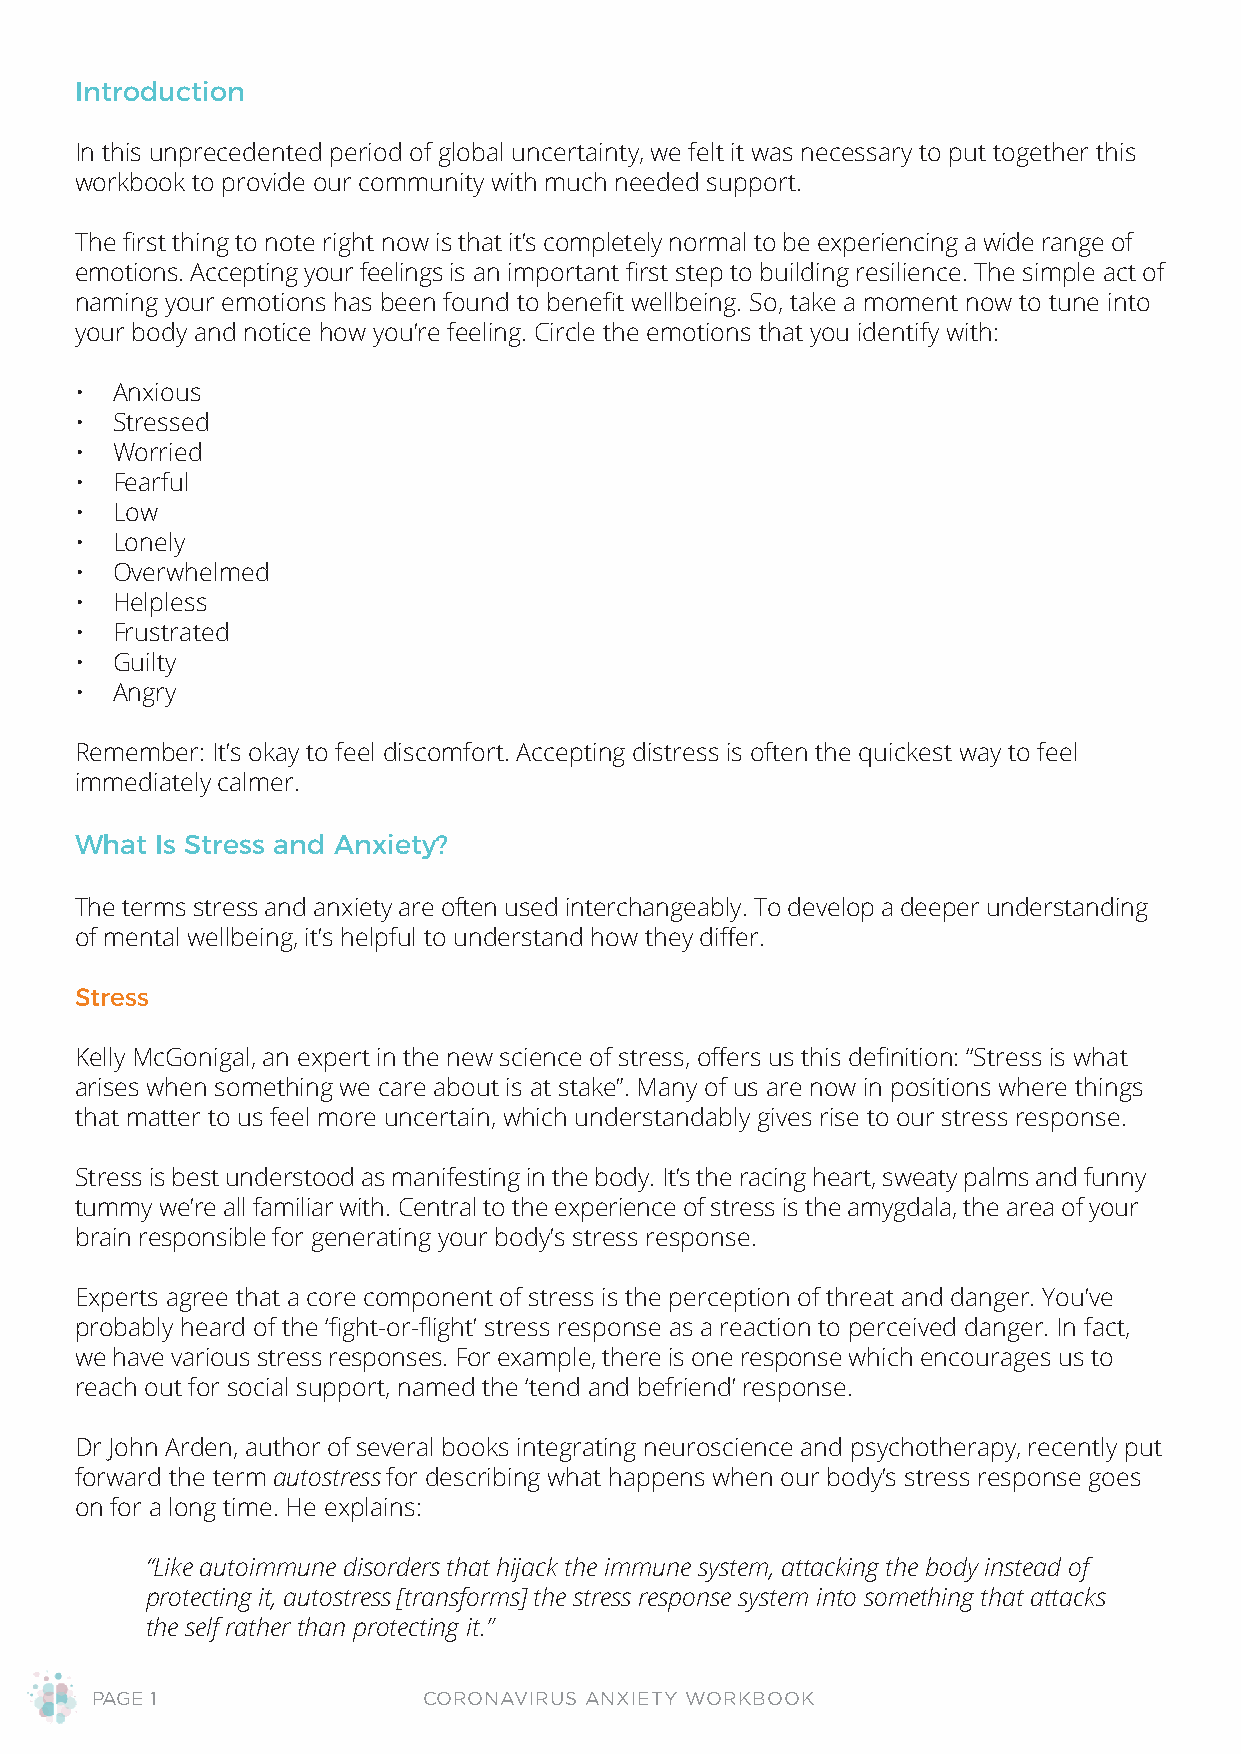
Introduction
 In this unprecedented period of global uncertainty, we felt it was necessary to put together this
 workbook to provide our community with much needed support.
 The first thing to note right now is that it’s completely normal to be experiencing a wide range of
 emotions. Accepting your feelings is an important first step to building resilience. The simple act of
 naming your emotions has been found to benefit wellbeing. So, take a moment now to tune into
 your body and notice how you’re feeling. Circle the emotions that you identify with:
 • Anxious
 • Stressed
 • Worried
 • Fearful
 • Low
 • Lonely
 • Overwhelmed
 • Helpless
 • Frustrated
 • Guilty
 • Angry
 Remember: It’s okay to feel discomfort. Accepting distress is often the quickest way to feel
 immediately calmer.
 What Is Stress and Anxiety?
 The terms stress and anxiety are often used interchangeably. To develop a deeper understanding
 of mental wellbeing, it’s helpful to understand how they differ.
 Stress
 Kelly McGonigal, an expert in the new science of stress, offers us this definition: “Stress is what
 arises when something we care about is at stake”. Many of us are now in positions where things
 that matter to us feel more uncertain, which understandably gives rise to our stress response.
 Stress is best understood as manifesting in the body. It’s the racing heart, sweaty palms and funny
 tummy we’re all familiar with. Central to the experience of stress is the amygdala, the area of your
 brain responsible for generating your body’s stress response.
 Experts agree that a core component of stress is the perception of threat and danger. You’ve
 probably heard of the ‘fight-or-flight’ stress response as a reaction to perceived danger. In fact,
 we have various stress responses. For example, there is one response which encourages us to
 reach out for social support, named the ‘tend and befriend’ response.
 Dr John Arden, author of several books integrating neuroscience and psychotherapy, recently put
 forward the term autostress for describing what happens when our body’s stress response goes
 on for a long time. He explains:
 “Like autoimmune disorders that hijack the immune system, attacking the body instead of
 protecting it, autostress [transforms] the stress response system into something that attacks
 the self rather than protecting it.”
 PAGE 1                CORONAVIRUS ANXIETY WORKBOOK